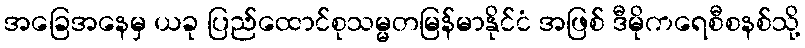
အခြေအနေမှ ယခု ပြည်ထောင်စုသမ္မတမြန်မာနိုင်ငံ အဖြစ် ဒီမိုကရေစီစနစ်သို့